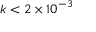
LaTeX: k < 2 \times 1 0 ^ { - 3 }